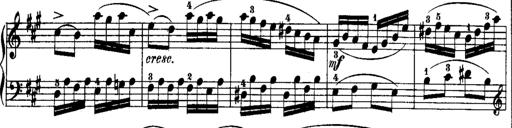
Title: Rondos and Sonatinas for Pianoforte
Composer: Daniel Steibelt